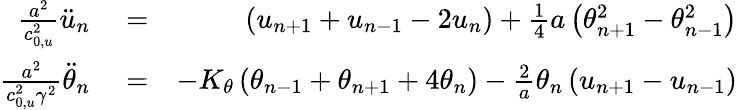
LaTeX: \begin{array}{rlr}{\frac{{{a}^{2}}}{c_{0,u}^{2}}{{\ddot{u}}_{n}}}&{{}=}&{\left({{u}_{n+1}}+{{u}_{n-1}}-2{{u}_{n}}\right)+\frac{1}{4}a\left(\theta_{n+1}^{2}-\theta_{n-1}^{2}\right)}\\ {\frac{{{a}^{2}}}{c_{0,u}^{2}{{\gamma}^{2}}}{{{\ddot{\theta}}}_{n}}}&{{}=}&{-{{K}_{\theta}}\left({{\theta}_{n-1}}+{{\theta}_{n+1}}+4{{\theta}_{n}}\right)-\frac{2}{a}{{\theta}_{n}}\left({{u}_{n+1}}-{{u}_{n-1}}\right)}\end{array}